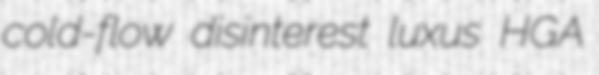
cold-flow disinterest luxus HGA